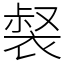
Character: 裻